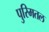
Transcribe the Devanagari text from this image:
पुरिमतल